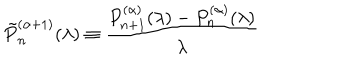
LaTeX: \tilde { P } _ { n } ^ { ( \alpha + 1 ) } ( \lambda ) \equiv \frac { P _ { n + 1 } ^ { ( \alpha ) } ( \lambda ) - P _ { n } ^ { ( \alpha ) } ( \lambda ) } { \lambda }